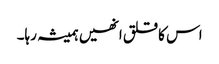
اس کا قلق انھیں ہمیشہ رہا۔